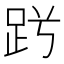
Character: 𧿪